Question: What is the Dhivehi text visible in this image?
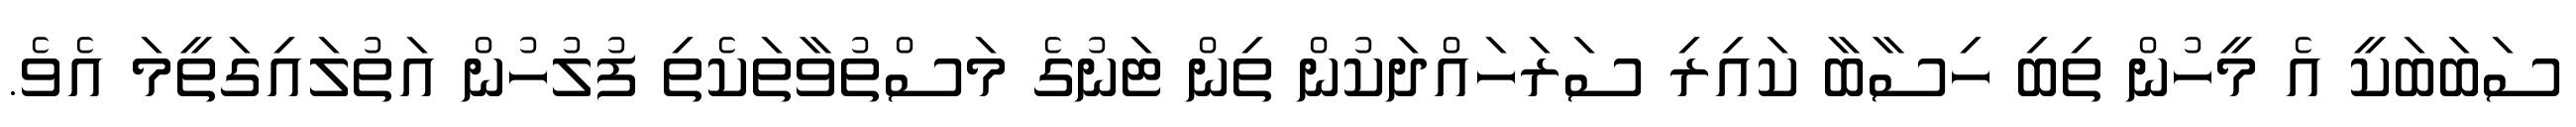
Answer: ސަބަބަކީ އެ މީހުން ތިބި ހިސާބާ ކައިރި ސަރަހައްދަކުން ތިން ޓަނުގެ މަސްތުވާތަކެތި ފުލުހުން އަތުލައިގަތީމަ އެވެ.